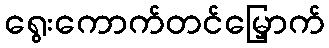
ရွေးကောက်တင်မြှောက်